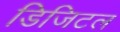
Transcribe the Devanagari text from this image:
डिजिटल